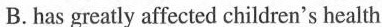
B.has greatl affacted children's health